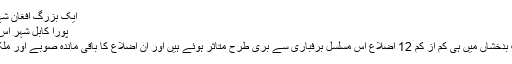
ایک بزرگ افغان شہری کابل کی ایک سڑک سے برف ہٹاتے ہوئے
پورا کابل شہر اس وقت برف کی بہت موٹی تہہ سے ڈھکا ہوا ہے
صوبائی گورنر کے ترجمان کے مطابق صرف بدخشاں میں ہی کم از کم 12 اضلاع اس مسلسل برفباری سے بری طرح متاثر ہوئے ہیں اور ان اضلاع کا باقی ماندہ صوبے اور ملک سے رابطہ مکمل طور پر منقطع ہو چکا ہے۔